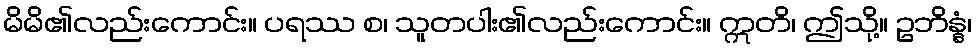
မိမိ၏လည်းကောင်း။ ပရဿ စ၊ သူတပါး၏လည်းကောင်း။ ဣတိ၊ ဤသို့။ ဥဘိန္နံ၊